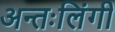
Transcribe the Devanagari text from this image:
अन्तःलिंगी